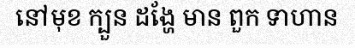
នៅមុខ ក្បួន ដង្ហែ មាន ពួក ទាហាន